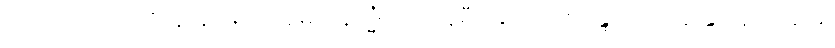
လည်းကောင်း။ ဒိသွာန၊ မြင်၍။ မေထုနသ္မိံ၊ မေထုန်မှီဝဲခြင်း၌။ ဆန္ဒော အပိ၊ ဆန္ဒသည်လည်း။